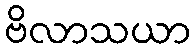
ဗိလာသယာ